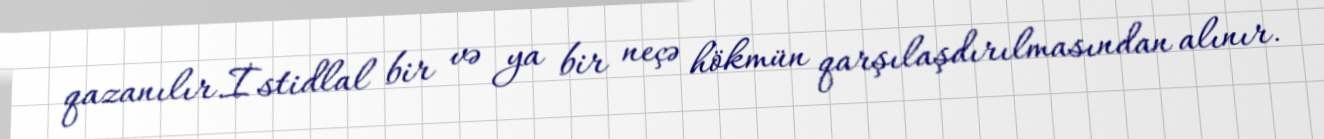
qazanılır.İstidlal bir və ya bir neçə hökmün qarşılaşdırılmasından alınır.